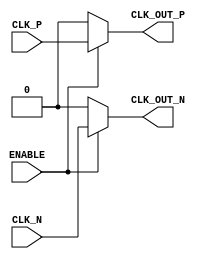
module differential_clock_buffer (
    input wire CLK_P,         // Positive differential clock input
    input wire CLK_N,         // Negative differential clock input
    input wire ENABLE,        // Enable signal
    output wire CLK_OUT_P,    // Positive differential clock output
    output wire CLK_OUT_N     // Negative differential clock output
);

    // Intermediate signals
    wire clk_p_buf;           // Buffered positive clock
    wire clk_n_buf;           // Buffered negative clock

    // Input Buffer Stage
    // Simple buffer implementation for demonstration
    assign clk_p_buf = ENABLE ? CLK_P : 1'b0; // Drive low when not enabled
    assign clk_n_buf = ENABLE ? CLK_N : 1'b0; // Drive low when not enabled

    // Buffer Stage
    // In a real implementation, you would use differential amplifiers here
    assign CLK_OUT_P = clk_p_buf; // Output positive clock
    assign CLK_OUT_N = clk_n_buf; // Output negative clock

endmodule